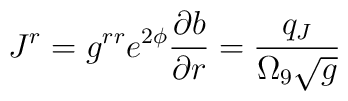
J^r=g^{rr}e^{2\phi}{{\partial b}\over{\partial r}} =\frac{q_J}{\Omega_9\sqrt{g}}